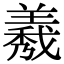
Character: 𦏁